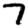
Digit: 7